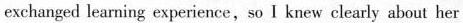
exchanged learning experience,so I knew clearly about her